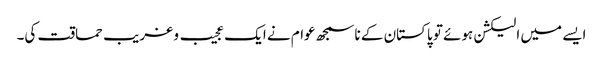
ایسے میں الیکشن ہوئے تو پاکستان کے ناسمجھ عوام نے ایک عجیب و غریب حماقت کی۔